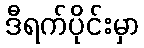
ဒီရက်ပိုင်းမှာ